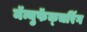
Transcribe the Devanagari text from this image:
मॅन्युफॅक्‍चरिंग